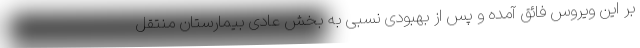
بر این ویروس فائق آمده و پس از بهبودی نسبی به بخش عادی بیمارستان منتقل